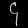
Digit: ၄